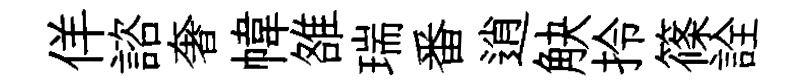
佯諮奢幃雒瑞番逍觖拎篠詮